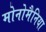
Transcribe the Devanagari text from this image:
मोनोमैनिया